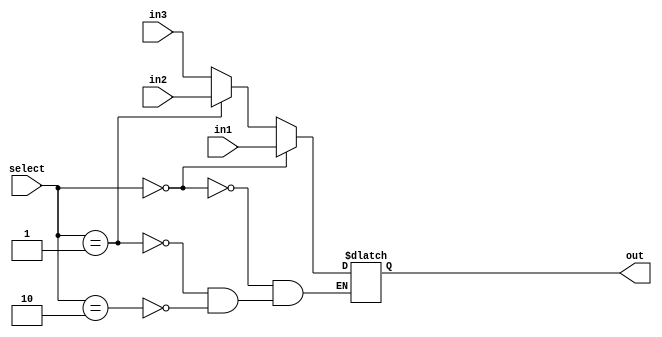
module mux2bit(in1, in2, in3, select, out);

	input [31:0] in1;
	input [31:0] in2; 
	input [31:0] in3;
	input [1:0] select; 
	output reg [31:0] out;

	always@ (in1,in2,in3,select)
	begin
		if (select == 2'b00)
			out <= in1;
		else if (select == 2'b01)
			out <= in2;
		else if (select == 2'b10)
			out <= in3;
	end

endmodule